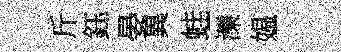
斤鈺晏兾蛙濼媪